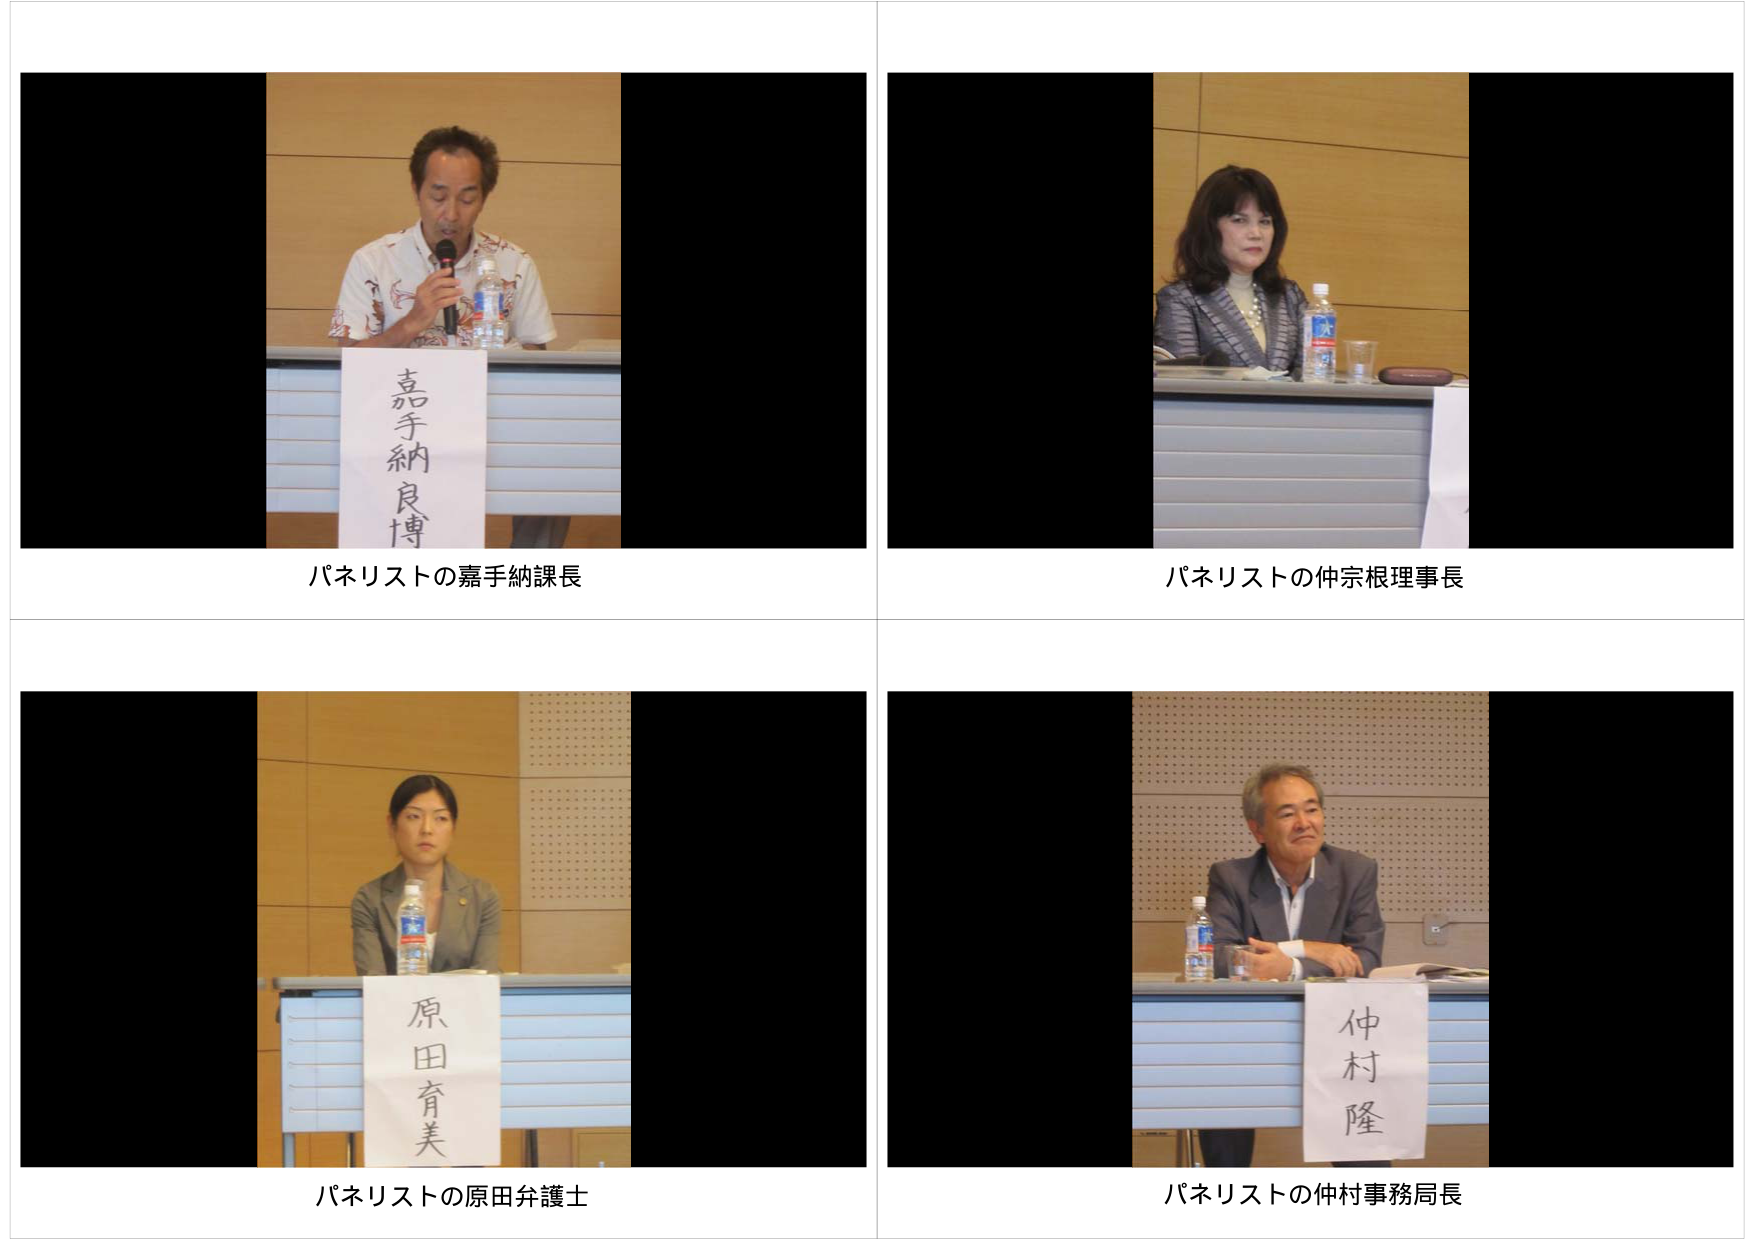
嘉手納良博
パネリストの嘉手納課長

仲宗根理事長
パネリストの仲宗根理事長

原田育美
パネリストの原田弁護士

仲村隆
パネリストの仲村事務局長